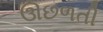
ઊછળતી